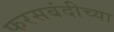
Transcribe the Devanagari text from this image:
फरसबंदीच्या